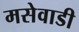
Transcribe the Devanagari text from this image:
मसेवाडी